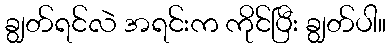
ချွတ်ရင်လဲ အရင်းက ကိုင်ပြီး ချွတ်ပါ။